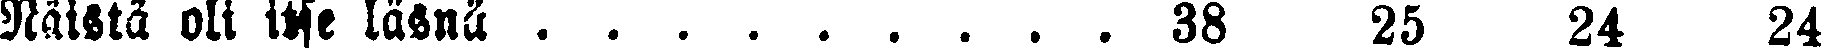
Näistä oli itse läsnä . . . . . . . . . 38 25 24 24